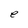
Character: e